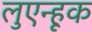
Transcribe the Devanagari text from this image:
लुएन्हूक